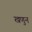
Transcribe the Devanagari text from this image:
खणुन